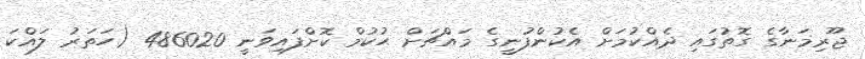
ޖޫރިމަނާގެ ގޮތުގައި ދެއްކުމަށް އެކުންފުނީގެ މައްޗަށް ޙުކުމް ކޮށްފައިވަނީ 486020 (ހަތަރު ލައްކަ